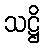
သဋ္ဌိ